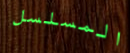
المسلسل